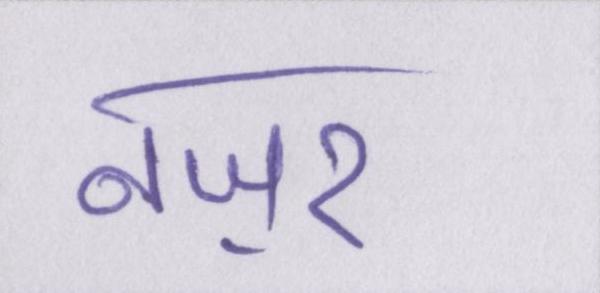
नज़र